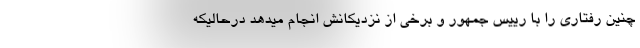
چنین رفتاری را با رییس جمهور و برخی از نزدیکانش انجام میدهد درحالیکه